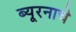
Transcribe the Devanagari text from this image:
ब्यूरनाचे